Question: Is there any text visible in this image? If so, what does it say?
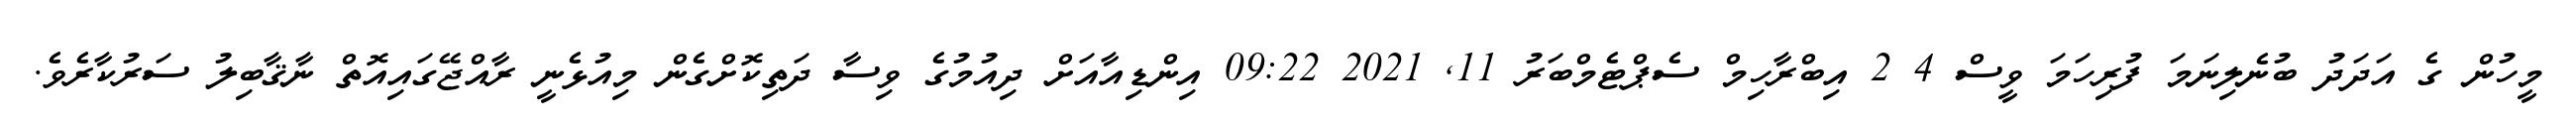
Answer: މީހުން ގެ އަދަދު ބުނެލިނަމަ ފުރިހަމަ ވީސް 4 2 އިބްރާހިމް ސެޕްޓެމްބަރު 11, 2021 09:22 އިންޑިއާއަށް ދިއުމުގެ ވިސާ ދަތިކޮށްގެން މިއުޅެނީ ރާއްޖޭގައިއޮތް ނާޤާބިލު ސަރުކާރެވެ.